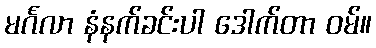
မင်္ဂလာ နံနက်ခင်းပါ ဒေါက်တာ ဝမ်။